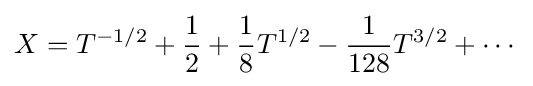
X=T^{-1/2}+{\frac {1}{2}}+{\frac {1}{8}}T^{1/2}-{\frac {1}{128}}T^{3/2}+\cdots